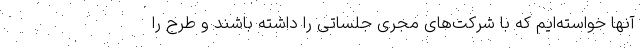
آنها خواسته‌ایم که با شرکت‌های مجری جلساتی را داشته باشند و طرح را